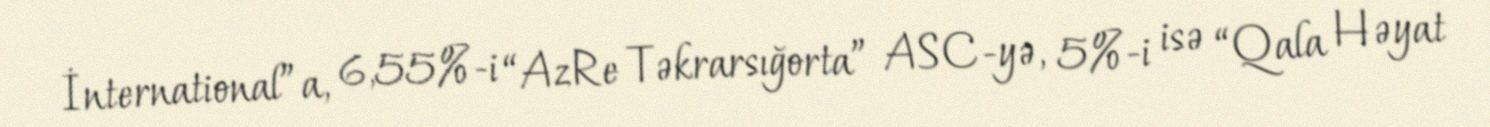
İnternational”a, 6,55%-i “AzRe Təkrarsığorta” ASC-yə, 5%-i isə “Qala Həyat